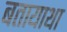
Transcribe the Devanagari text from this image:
बतायाथा